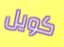
كويل